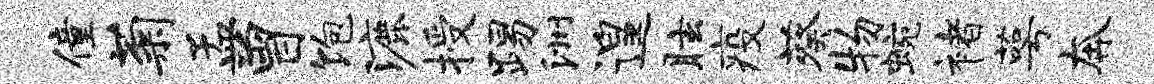
僮菊孟曾饱漉授踢洲遑眩疫葵物蜿褚萼奔